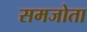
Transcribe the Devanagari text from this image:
समजोता